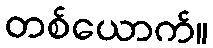
တစ်ယောက်။